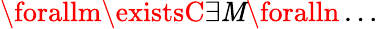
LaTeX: \forallm\existsC\exists\mathit{M}\foralln\dots